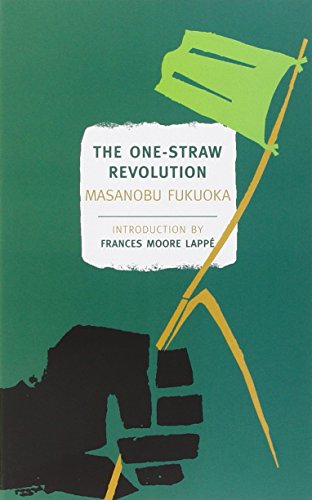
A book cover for The One-Straw Revolution: An Introduction to Natural Farming (New York Review Books Classics); Masanobu Fukuoka; Crafts, Hobbies & Home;